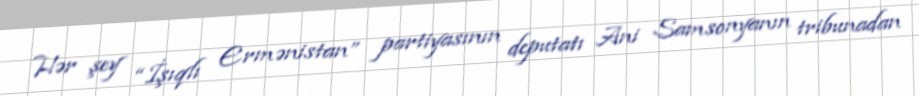
Hər şey “İşıqlı Ermənistan” partiyasının deputatı Ani Samsonyanın tribunadan